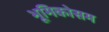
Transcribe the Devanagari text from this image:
भूमिकोसम